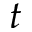
t